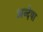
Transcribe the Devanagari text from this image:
अन्देषा